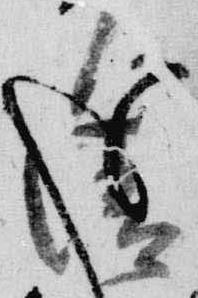
清